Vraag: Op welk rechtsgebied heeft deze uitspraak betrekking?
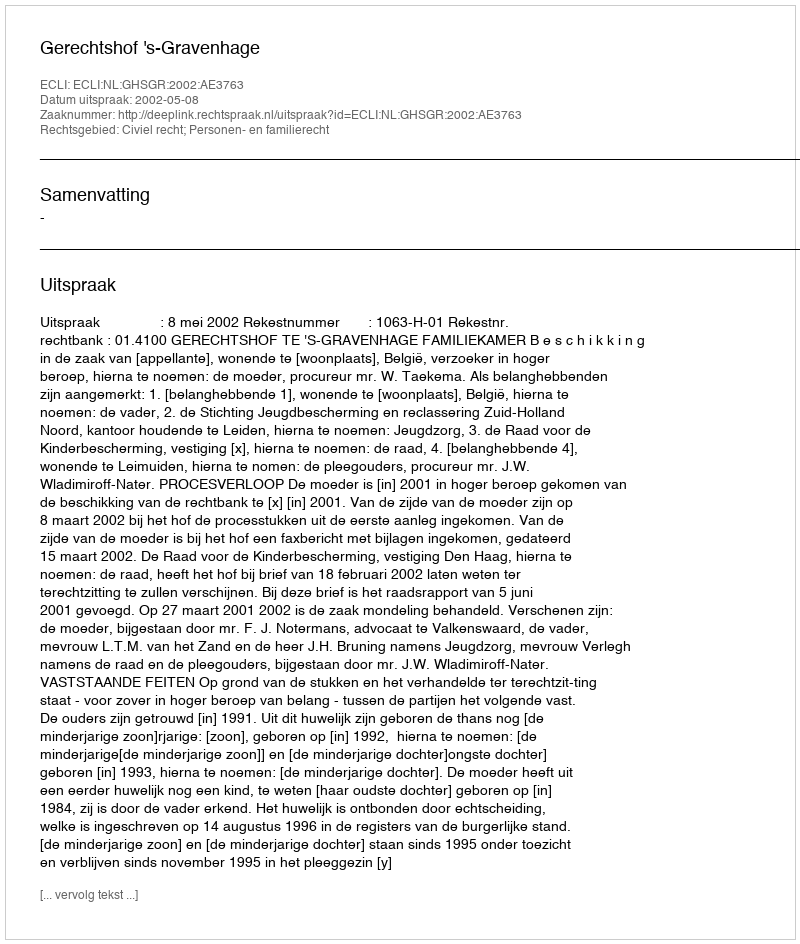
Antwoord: Civiel recht; Personen- en familierecht